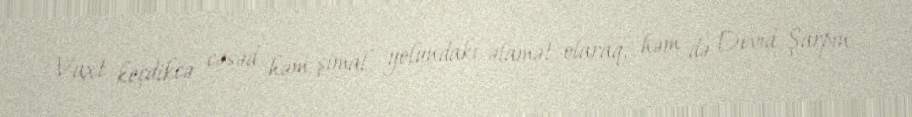
Vaxt keçdikcə cəsəd həm şimal yolundakı əlamət olaraq, həm də Devid Şarpın